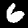
Label: 6